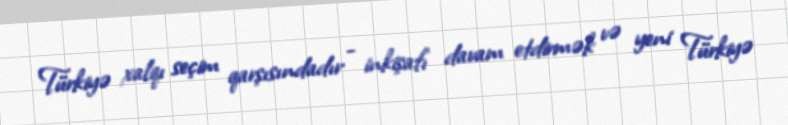
Türkiyə xalqı seçim qarşısındadır - inkişafı davam etdirmək və yeni Türkiyə